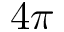
4 \pi